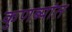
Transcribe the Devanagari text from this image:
कुणब्यांत